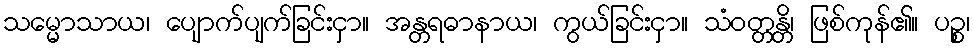
သမ္မောသာယ၊ ပျောက်ပျက်ခြင်းငှာ။ အန္တရဓာနာယ၊ ကွယ်ခြင်းငှာ။ သံဝတ္တန္တိ၊ ဖြစ်ကုန်၏။ ပဉ္စ၊